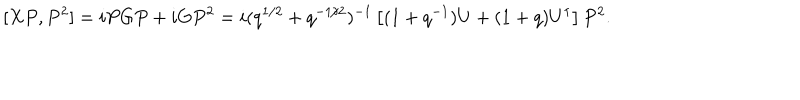
\nonumber [ X P , P ^ { 2 } ] = i P G P + i G P ^ { 2 } = i ( q ^ { 1 / 2 } + q ^ { - 1 / 2 } ) ^ { - 1 } \left[ ( 1 + q ^ { - 1 } ) U + ( 1 + q ) U ^ { \dagger } \right] P ^ { 2 } .